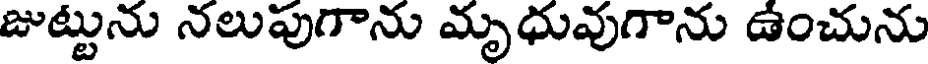
జుట్టును నలుపుగాను మృధువుగాను ఉంచును